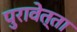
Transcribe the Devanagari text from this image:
पुरावेत्ता